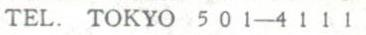
TEL. TOKYO 501-4111